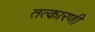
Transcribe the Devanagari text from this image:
तत्कारणी